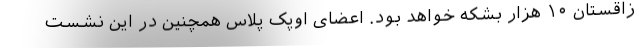
زاقستان ۱۰ هزار بشکه خواهد بود. اعضای اوپک پلاس همچنین در این نشست